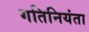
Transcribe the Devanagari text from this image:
गतिनियंता